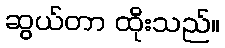
ဆွယ်တာ ထိုးသည်။